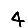
Digit: 4